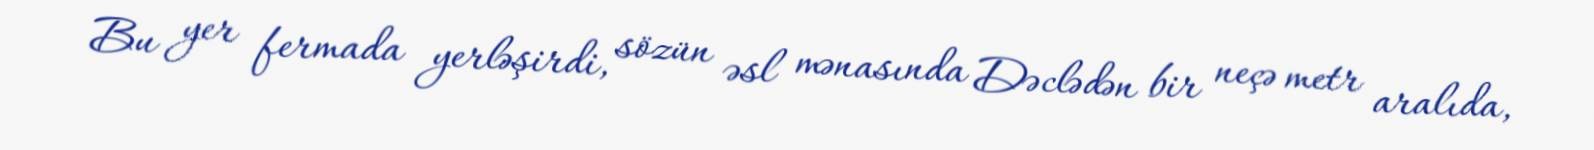
Bu yer fermada yerləşirdi, sözün əsl mənasında Dəclədən bir neçə metr aralıda,